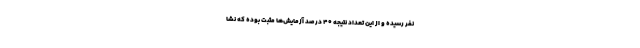
نفر رسیده و از این تعداد نتیجه ۴۰ درصد آزمایش‌ها مثبت بوده که نشا